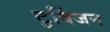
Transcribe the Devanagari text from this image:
टुविंजन